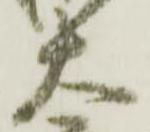
太